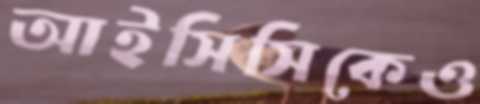
আইসিসিকেও